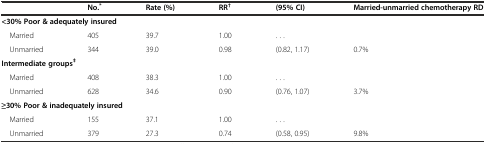
|  | No.* | Rate (%) | RR† | (95% CI) | Married-unmarried chemotherapy RD |
 | --- | --- | --- | --- | --- | --- |
 | <COLSPAN=6> <30% Poor & adequately insured |
 | Married | 405 | 39.7 | 1.00 | . . . |  |
 | Unmarried | 344 | 39.0 | 0.98 | (0.82, 1.17) | 0.7% |
 | <COLSPAN=6> Intermediate groups‡ |
 | Married | 408 | 38.3 | 1.00 | . . . |  |
 | Unmarried | 628 | 34.6 | 0.90 | (0.76, 1.07) | 3.7% |
 | <COLSPAN=6> ≥30% Poor & inadequately insured |
 | Married | 155 | 37.1 | 1.00 | . . . |  |
 | Unmarried | 379 | 27.3 | 0.74 | (0.58, 0.95) | 9.8% |